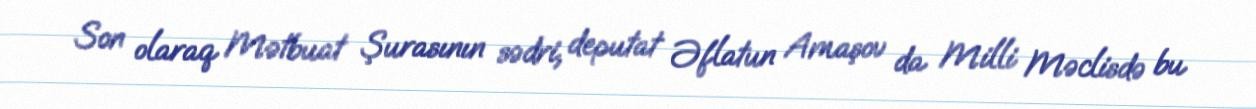
Son olaraq Mətbuat Şurasının sədri, deputat Əflatun Amaşov da Milli Məclisdə bu